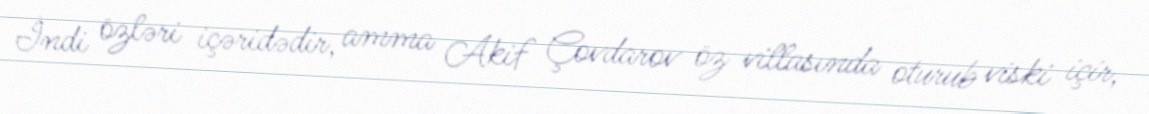
İndi özləri içəridədir, amma Akif Çovdarov öz villasında oturub viski içir,